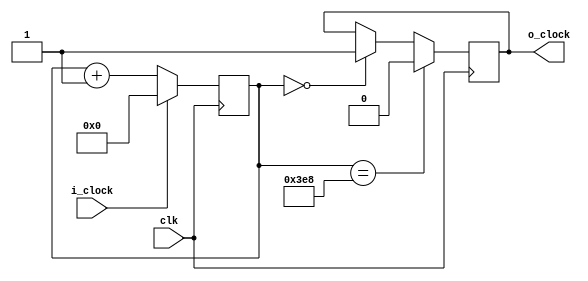
/**
 * The ps2 protocol is here http://www.computer-engineering.org/ps2protocol/
 *
 * "...you should modify/sample the Data line in the middle of each cell.  
 * I.e.  15 - 25 microseconds after the appropriate clock transition..."
 */
 

module ps2clock (
    input clk,
    input i_clock,
    output o_clock
);


    reg [10:0] delay_timer = 0;
    reg run_delay_timer = 0;
    reg r_clk = 0;

    assign o_clock = r_clk;
    
    always @(i_clock) begin
        if (!i_clock) begin
            run_delay_timer <= 1;
        end else begin
            run_delay_timer <= 0;
        end
    end
    
    always @(posedge clk) begin
        if (run_delay_timer) begin
            delay_timer <= delay_timer + 11'b1;
        end else begin
            delay_timer <= 0;
        end
    end
    
    always @(posedge clk) begin
        // Set the negedge at 20us (20000/20ns = 1000 ticks) after the falling ps2 clock.
        if (delay_timer == 11'd1000) begin
            r_clk <= 0; // set the negedge now
        end else if (delay_timer == 11'd0) begin
            r_clk <= 1;
        end
    end
  

endmodule